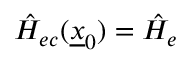
\hat { H } _ { e c } ( \underline { { x } } _ { 0 } ) = \hat { H } _ { e }